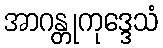
အာဂန္တုကုဒ္ဒေသံ